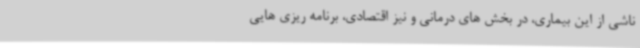
ناشی از این بیماری، در بخش های درمانی و نیز اقتصادی، برنامه ریزی هایی